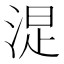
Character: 𣷐